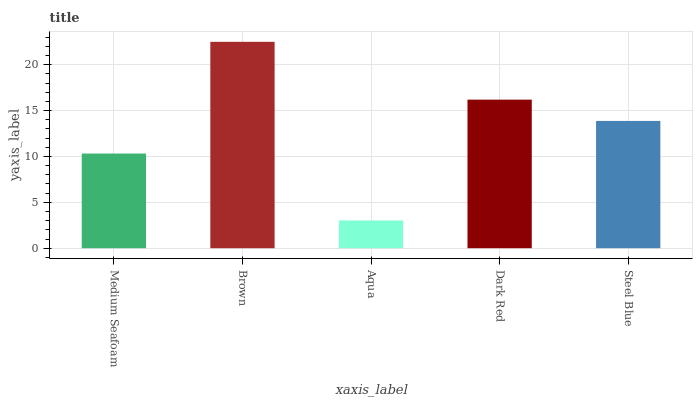
| xaxis_label | bars |
 | --- | --- |
 | Medium Seafoam | 10.3 |
 | Brown | 22.5 |
 | Aqua | 3.02 |
 | Dark Red | 16.2 |
 | Steel Blue | 13.9 |